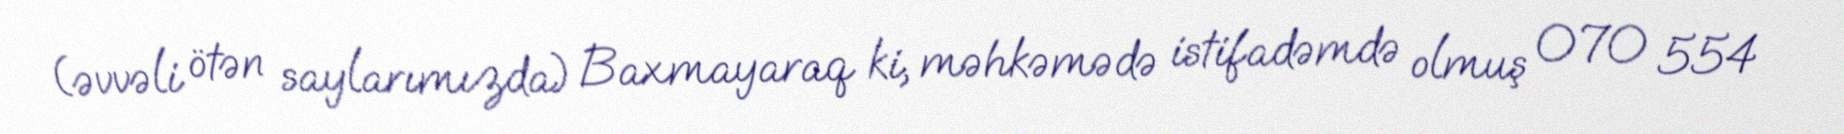
(əvvəli ötən saylarımızda) Baxmayaraq ki, məhkəmədə istifadəmdə olmuş 070 554